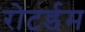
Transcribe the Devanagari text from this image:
रोटर्डम